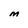
Character: M